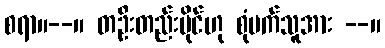
စရာ။--။ တဦးတည်းပိုင်ဟု စုံမက်သူအား --။